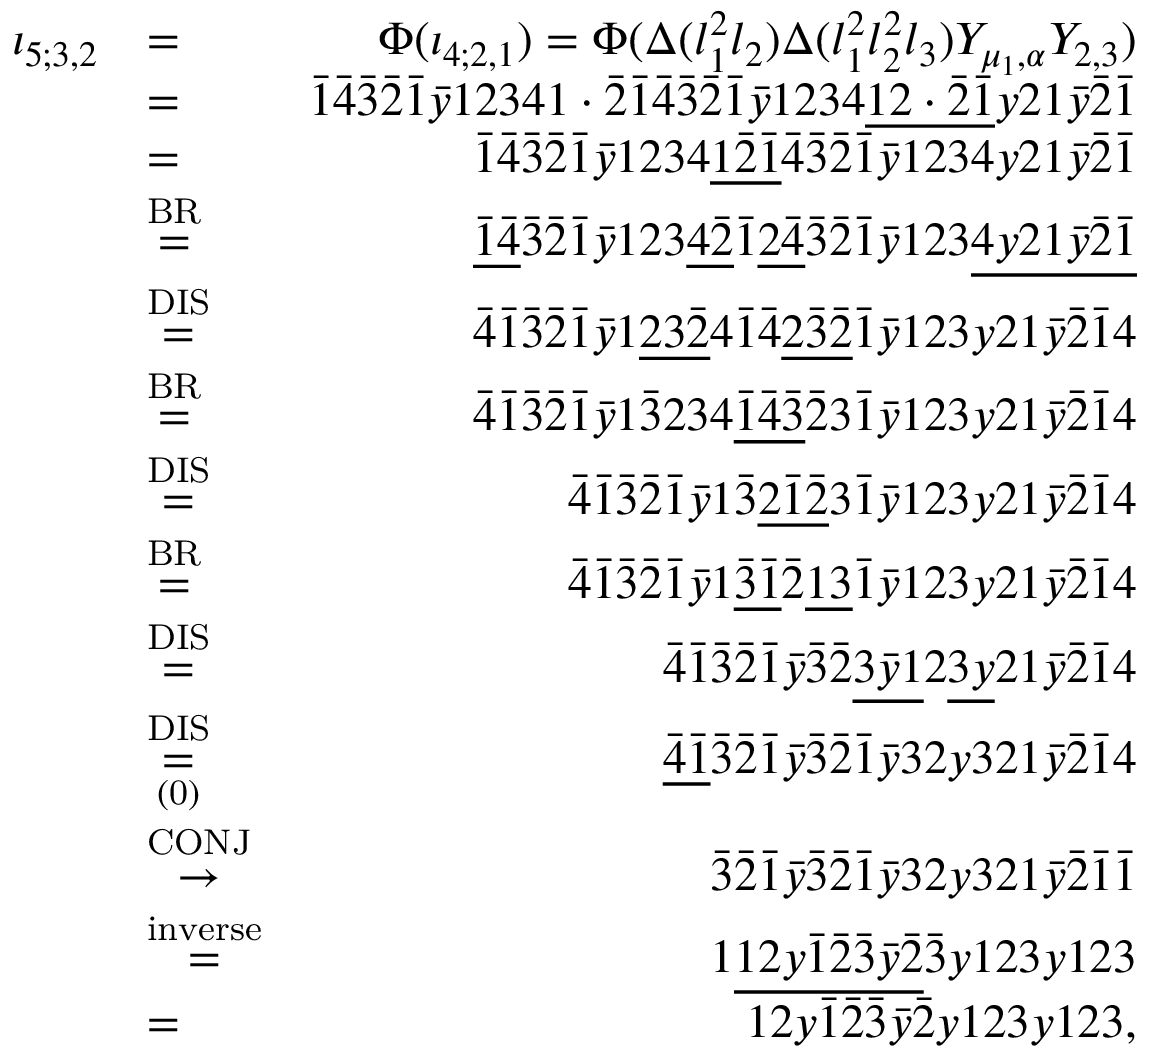
\begin{array} { r l r } { \iota _ { 5 ; 3 , 2 } } & { = } & { \Phi ( \iota _ { 4 ; 2 , 1 } ) = \Phi ( \Delta ( l _ { 1 } ^ { 2 } l _ { 2 } ) \Delta ( l _ { 1 } ^ { 2 } l _ { 2 } ^ { 2 } l _ { 3 } ) Y _ { \mu _ { 1 } , \alpha } Y _ { 2 , 3 } ) } \\ & { = } & { \bar { 1 } \bar { 4 } \bar { 3 } \bar { 2 } \bar { 1 } \bar { y } 1 2 3 4 1 \cdot \bar { 2 } \bar { 1 } \bar { 4 } \bar { 3 } \bar { 2 } \bar { 1 } \bar { y } 1 2 3 4 \underline { { 1 2 \cdot \bar { 2 } \bar { 1 } } } y 2 1 \bar { y } \bar { 2 } \bar { 1 } } \\ & { = } & { \bar { 1 } \bar { 4 } \bar { 3 } \bar { 2 } \bar { 1 } \bar { y } 1 2 3 4 \underline { { 1 \bar { 2 } \bar { 1 } } } \bar { 4 } \bar { 3 } \bar { 2 } \bar { 1 } \bar { y } 1 2 3 4 y 2 1 \bar { y } \bar { 2 } \bar { 1 } } \\ & { \stackrel { \mathrm { B R } } { = } } & { \underline { { \bar { 1 } \bar { 4 } } } \bar { 3 } \bar { 2 } \bar { 1 } \bar { y } 1 2 3 \underline { { 4 \bar { 2 } } } \bar { 1 } \underline { { 2 \bar { 4 } } } \bar { 3 } \bar { 2 } \bar { 1 } \bar { y } 1 2 3 \underline { { 4 y 2 1 \bar { y } \bar { 2 } \bar { 1 } } } } \\ & { \stackrel { \mathrm { D I S } } { = } } & { \bar { 4 } \bar { 1 } \bar { 3 } \bar { 2 } \bar { 1 } \bar { y } 1 \underline { { 2 3 \bar { 2 } } } 4 \bar { 1 } \bar { 4 } \underline { { 2 \bar { 3 } \bar { 2 } } } \bar { 1 } \bar { y } 1 2 3 y 2 1 \bar { y } \bar { 2 } \bar { 1 } 4 } \\ & { \stackrel { \mathrm { B R } } { = } } & { \bar { 4 } \bar { 1 } \bar { 3 } \bar { 2 } \bar { 1 } \bar { y } 1 \bar { 3 } 2 3 4 \underline { { \bar { 1 } \bar { 4 } \bar { 3 } } } \bar { 2 } 3 \bar { 1 } \bar { y } 1 2 3 y 2 1 \bar { y } \bar { 2 } \bar { 1 } 4 } \\ & { \stackrel { \mathrm { D I S } } { = } } & { \bar { 4 } \bar { 1 } \bar { 3 } \bar { 2 } \bar { 1 } \bar { y } 1 \bar { 3 } \underline { { 2 \bar { 1 } \bar { 2 } } } 3 \bar { 1 } \bar { y } 1 2 3 y 2 1 \bar { y } \bar { 2 } \bar { 1 } 4 } \\ & { \stackrel { \mathrm { B R } } { = } } & { \bar { 4 } \bar { 1 } \bar { 3 } \bar { 2 } \bar { 1 } \bar { y } 1 \underline { { \bar { 3 } \bar { 1 } } } \bar { 2 } \underline { { 1 3 } } \bar { 1 } \bar { y } 1 2 3 y 2 1 \bar { y } \bar { 2 } \bar { 1 } 4 } \\ & { \stackrel { \mathrm { D I S } } { = } } & { \bar { 4 } \bar { 1 } \bar { 3 } \bar { 2 } \bar { 1 } \bar { y } \bar { 3 } \bar { 2 } \underline { { 3 \bar { y } 1 } } 2 \underline { { 3 y } } 2 1 \bar { y } \bar { 2 } \bar { 1 } 4 } \\ & { \overset { \mathrm { D I S } } { \underset { \mathrm { ( 0 ) } } { = } } } & { \underline { { \bar { 4 } \bar { 1 } } } \bar { 3 } \bar { 2 } \bar { 1 } \bar { y } \bar { 3 } \bar { 2 } \bar { 1 } \bar { y } 3 2 y 3 2 1 \bar { y } \bar { 2 } \bar { 1 } 4 } \\ & { \stackrel { \mathrm { C O N J } } { \to } } & { \bar { 3 } \bar { 2 } \bar { 1 } \bar { y } \bar { 3 } \bar { 2 } \bar { 1 } \bar { y } 3 2 y 3 2 1 \bar { y } \bar { 2 } \bar { 1 } \bar { 1 } } \\ & { \stackrel { \mathrm { i n v e r s e } } { = } } & { 1 \underline { { 1 2 y \bar { 1 } \bar { 2 } \bar { 3 } \bar { y } \bar { 2 } } } \bar { 3 } y 1 2 3 y 1 2 3 } \\ & { = } & { 1 2 y \bar { 1 } \bar { 2 } \bar { 3 } \bar { y } \bar { 2 } y 1 2 3 y 1 2 3 , } \end{array}